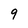
Character: 9